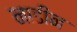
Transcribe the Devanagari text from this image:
नाडीन